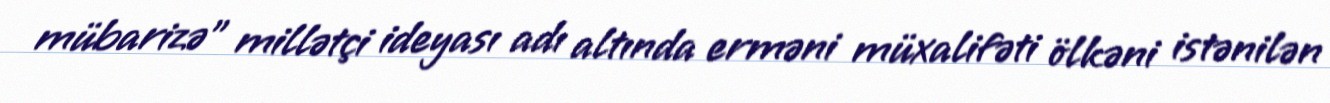
mübarizə" millətçi ideyası adı altında erməni müxalifəti ölkəni istənilən